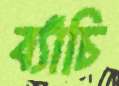
ব্যাঁচি